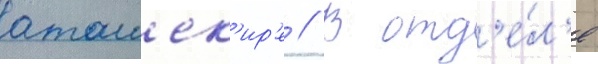
аташех'ир'е // В отд'е́л'е